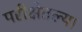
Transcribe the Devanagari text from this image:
परीक्षेतल्या